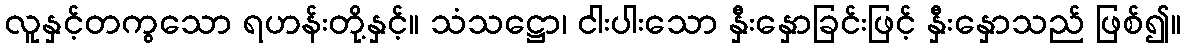
လူနှင့်တကွသော ရဟန်းတို့နှင့်။ သံသဋ္ဌော၊ ငါးပါးသော နှီးနှောခြင်းဖြင့် နှီးနှောသည် ဖြစ်၍။